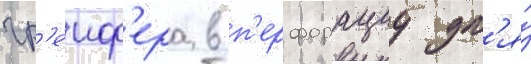
гр'еиф'ера в п'ерфорациу дл'я́